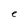
Character: e